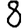
Digit: 8